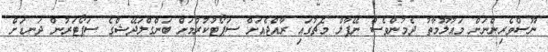
ނޫސްވެރިންނަށް މައުލޫމާތު ދެމުންވެސް ނޭޕާލް މެޗުގައި ރާއްޖެއަށް ސަޕޯޓުކުރުމަށް ބަންގްލަދޭޝްގެ ސަޕޯޓަރުން ދަނޑަށް